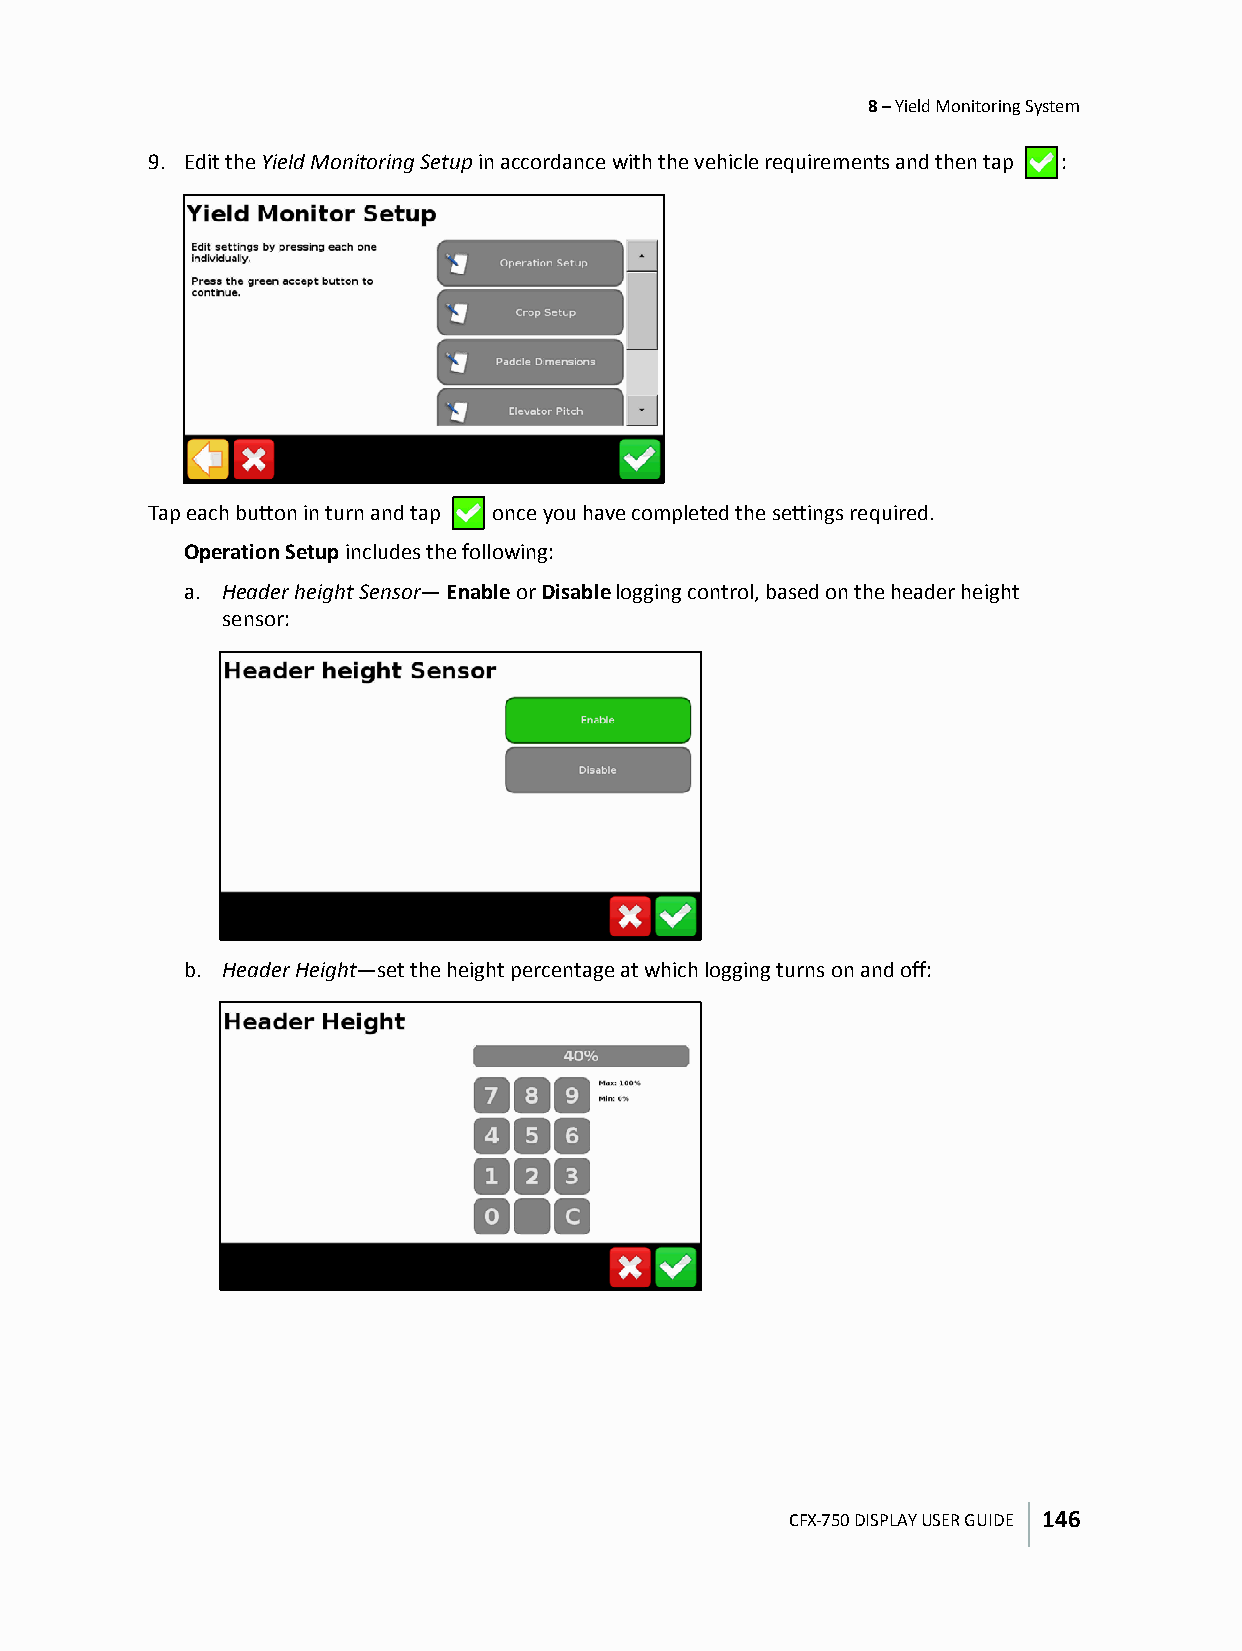
8 – Yield Monitoring System
 9. Edit the Yield Monitoring Setup in accordance with the vehicle requirements and then tap :
 Tap each button in turn and tap once you have completed the settings required.
 Operation Setup includes the following:
 a. Header height Sensor— Enable or Disable logging control, based on the header height
 sensor:
 b. Header Height—set the height percentage at which logging turns on and off:
 CFX-750 DISPLAY USER GUIDE 146